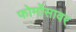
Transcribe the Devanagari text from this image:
फोर्मोसावर